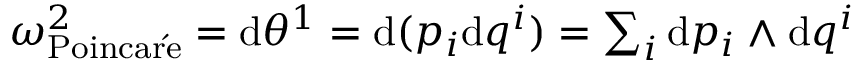
\begin{array} { r } { \omega _ { \mathrm { P o i n c a r \acute { e } } } ^ { 2 } = \mathrm { d } \theta ^ { 1 } = \mathrm { d } ( p _ { i } \mathrm { d } q ^ { i } ) = \sum _ { i } \mathrm { d } p _ { i } \wedge \mathrm { d } q ^ { i } } \end{array}